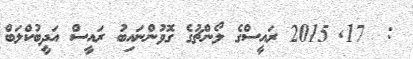
:  17